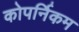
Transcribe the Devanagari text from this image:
कोपर्निकम